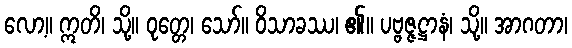
လော့။ ဣတိ၊ သို့။ ဝုတ္တေ၊ သော်။ ဝိသာခဿ၊ ၏။ ပဗ္ဗဇ္ဇဋ္ဌာနံ၊ သို့။ အာဂတာ၊